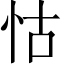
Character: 怙